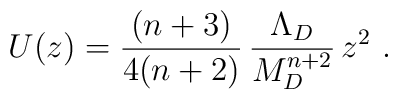
U(z) = \frac{(n+3)}{4(n+2)}\,\frac{\Lambda_D}{M_D^{n+2}}\, z^2~.